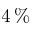
4 \, \%